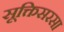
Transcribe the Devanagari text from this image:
सूक्तिसरसा